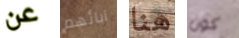
عن آبائهم هنا كون